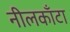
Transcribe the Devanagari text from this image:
नीलकाँटा